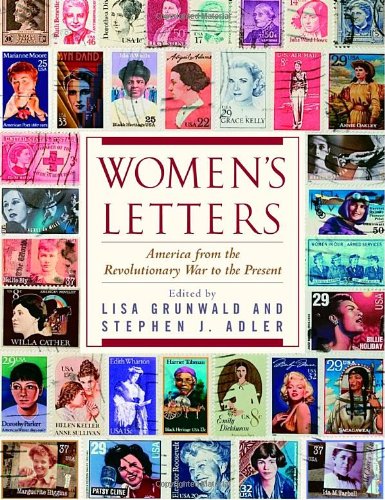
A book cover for Women's Letters: America from the Revolutionary War to the Present; Politics & Social Sciences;